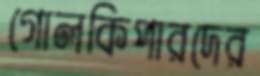
গোলকিপারদের